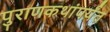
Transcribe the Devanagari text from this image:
पुराणकथांपर्यंत